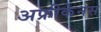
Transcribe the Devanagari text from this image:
अफ्रीकेनस